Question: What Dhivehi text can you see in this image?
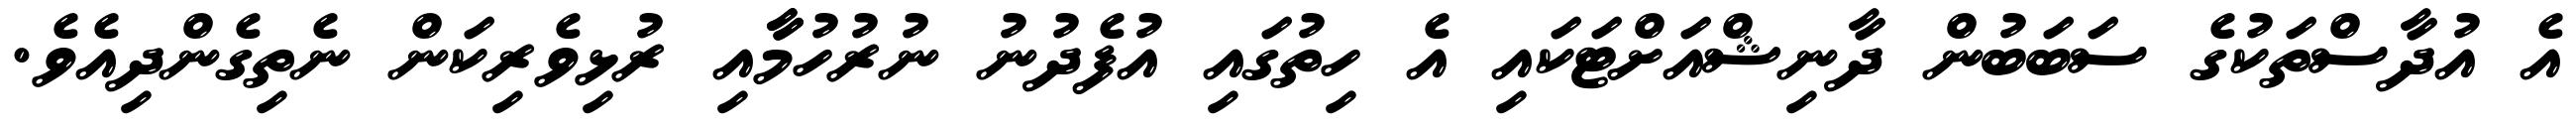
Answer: އެ އުދާސްތަކުގެ ސަބަބުން ދާނިޝްއަށްޓަކައި އެ ހިތުގައި އުފެދުނު ނުރުހުމާާއި ރުޅިވެރިކަން ނެތިގެންދިއެވެ.